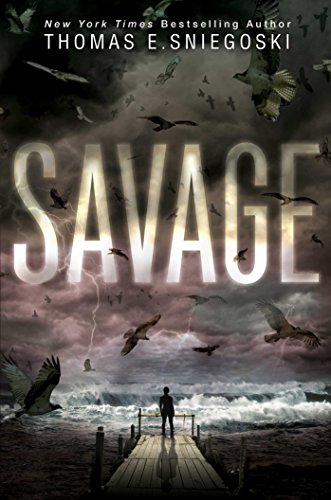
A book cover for Savage; Thomas E. Sniegoski; Teen & Young Adult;